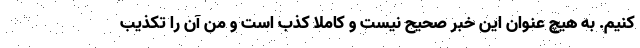
کنیم. به هیچ عنوان این خبر صحیح نیست و کاملا کذب است و من آن را تکذیب